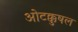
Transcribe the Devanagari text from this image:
ओटक्कुषल